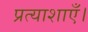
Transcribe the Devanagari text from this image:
प्रत्याशाएँ।